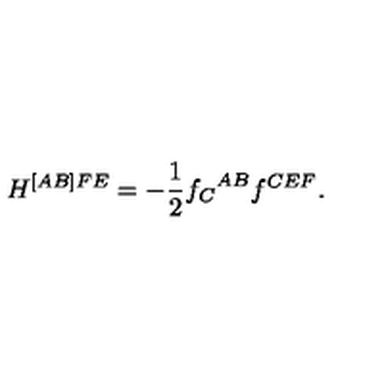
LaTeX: H ^ { [ A B ] F E } = - \frac { 1 } { 2 } { f _ { C } } ^ { A B } f ^ { C E F } .